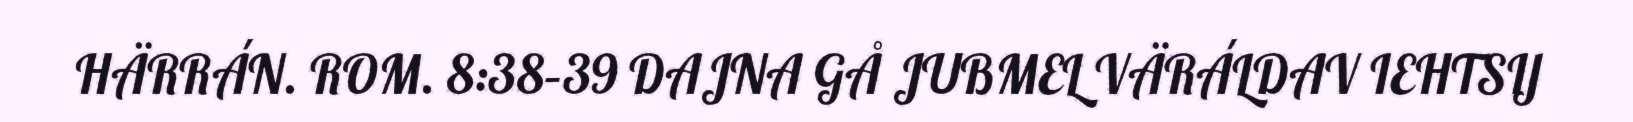
HÄRRÁN. ROM. 8:38–39 DAJNA GÅ JUBMEL VÄRÁLDAV IEHTSIJ